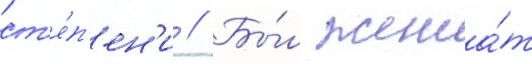
ст'е́п'ен'и // Бы́л жена́т